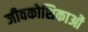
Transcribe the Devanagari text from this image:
जीवकोशिकाओं